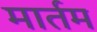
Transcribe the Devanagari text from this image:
मार्तम